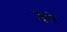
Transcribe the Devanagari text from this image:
बेरो